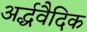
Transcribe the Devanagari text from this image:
अर्द्धवैदिक